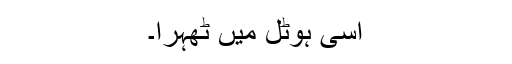
اسی ہوٹل میں ٹھہرا۔